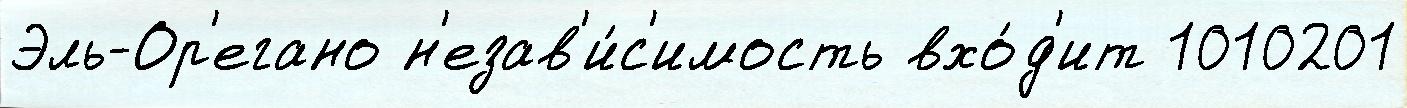
Эль-Ор'егано н'езав'и́с'имость вхо́д'ит 1010201